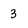
Character: 3